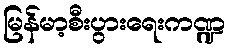
မြန်မာ့စီးပွားရေးကဏ္ဍ